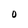
Character: O